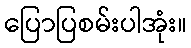
ပြောပြစမ်းပါအုံး။